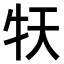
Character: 𤘠